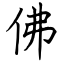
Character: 佛